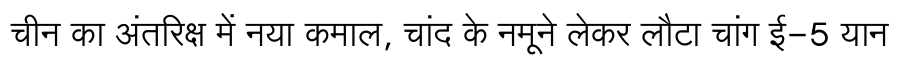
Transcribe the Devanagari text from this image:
चीन का अंतरिक्ष में नया कमाल, चांद के नमूने लेकर लौटा चांग ई-5 यान